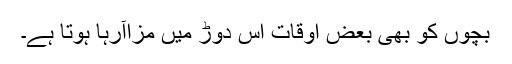
بچوں کو بھی بعض اوقات اس دوڑ میں مزاآرہا ہوتا ہے۔